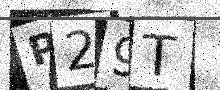
Text: P29T